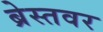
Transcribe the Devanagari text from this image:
ब्रेस्तवर